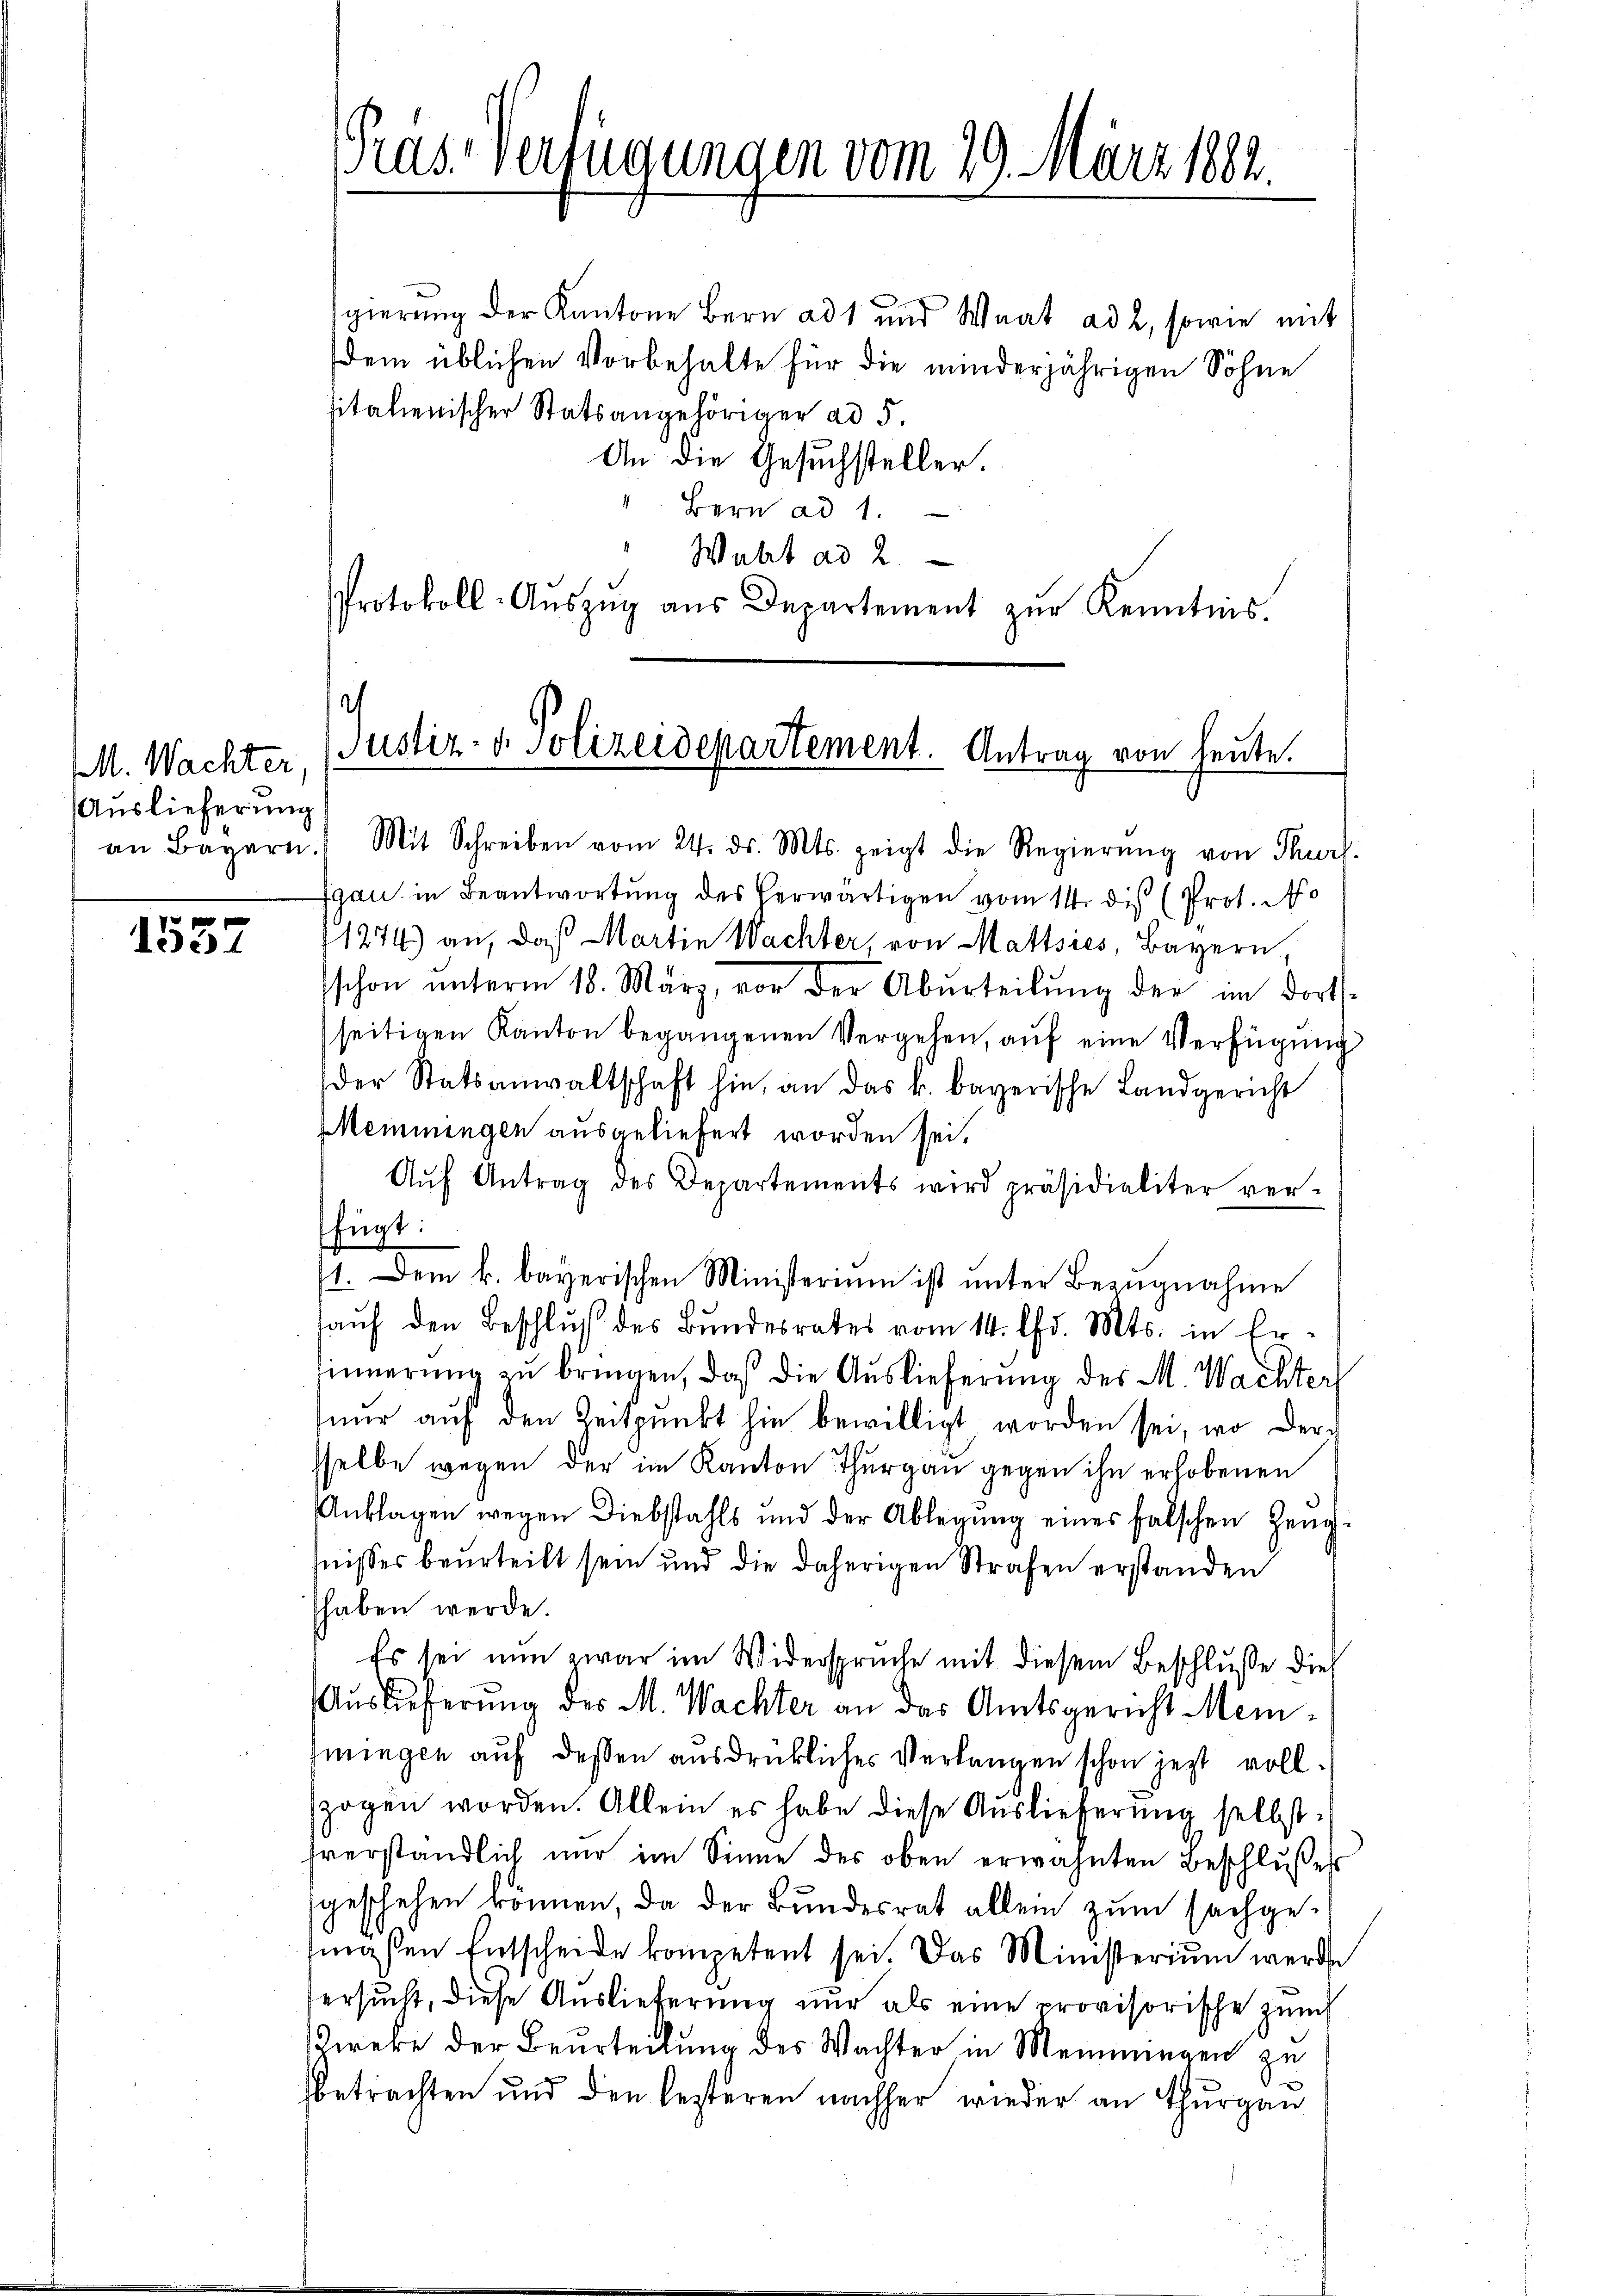
M. Wachter
Auslieferung

1537

ras. Verfügungen vom 29. März 1882.

gierung der Kantone Bern ad 1 und Waat ad 2, sowie mit
dem üblichen Vorbehalte für die minderjährigen Sohne
sitalienischer Statsangehöriger ad 5.
An die Gesuchsteller.
4. Bern ad 1.
Wuht ad 2
Protokoll-Aŭszŭg aŭs Departement zŭr Kenntnis.
Justiz- & Polizeidepartement. Antrag von heute.

an Bayern. Mit Schreiben vom 24. ds. Mts. zeigt die Regierŭng von Thurl.
gan in Beantwortung des herwärtigen vom 14. dis (Prot. No
1274) an, daß Martin Wachter, von Mattsies, Bayern,
schon ŭnterm 18. März, vor der Abŭrteilŭng der im dorts-
seitigen Kanton begangenen Vergehen, auf eine Verfügung
der Statsanwaltschaft hin, an das k. bayerische Landgericht
Memmingen ausgeliefert worden sei.
Aŭf Antrag des Departements wird präsidialiter ver-
fügt:
1. Dem k. bayerischen Ministerium ist unter Bezugnahme
aŭf den Beschluß des Bundesrates vom 14. Chr. Mts. in Er-
sinnerung zu bringen, daß die Auslieferung des M. Wachter
nŭr aŭf den Zeitpunkt hie bewilligt worden sei, wo der
sselbe wegen der im Kanton Thurgau gegen ihn erhobenen
Anklagen wegen Diebstahls und der Ablegŭng eines falschen Heng-
fnisses beurteilt sein und die daherigen Strafen erstanden
haben werde.
Es sei nun zwar im Widerspruche mit diesem Beschlusse dies
Auslieferung des M. Wachter an das Amtsgericht Meimingen auf dessen ausdrückliches Verlangen schon jezt vollszogen worden. Allein es habe diese Auslieferung selbst:
tverständlich nur im Sinne des oben erwähnten Beschlußes
sgeschehen können, da der Bundesrat allein zum sachgemgsten Entscheide kompetent sei. Das Ministerium werde
ersucht, diese Auslieferung nur als eine provisorische Zünf
Direke der Beurteilung des Wachter in Memmingen zu
betrachten und den besteren nachher wieder an Thurgau